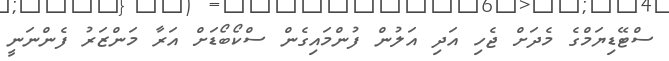
ސްޓޭޑިޔަމްގެ މެދަށް ޖެހި އަދި އަލުން ފުންމައިގެން ސްކޯބޯޑަށް އަރާ މަންޒަރު ފެންނަނީ